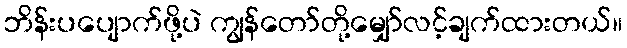
ဘိန်းပပျောက်ဖို့ပဲ ကျွန်တော်တို့မျှော်လင့်ချက်ထားတယ်။